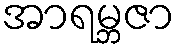
အာရမ္ဘဇာ